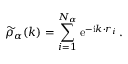
\widetilde { \rho } _ { \alpha } ( \boldsymbol { k } ) = \sum _ { i = 1 } ^ { N _ { \alpha } } \mathrm { e } ^ { - \mathrm { i } \boldsymbol { k \cdot r } _ { i } } \, .